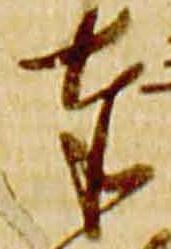
奉